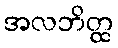
အလဘိတ္ထ